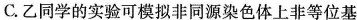
C.乙同学的实验可模拟非同源染色体上非等位基